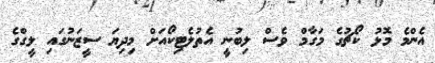
އެންމެ މޮޅު ކޯޗުގެ މަގާމް ވެސް ލިބުނީ އެތުލެޓިކޯއަށް މިދިޔަ ސީޒަނުގައި ލީގްގެ